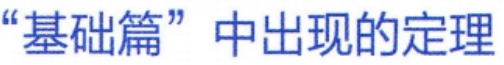
“基础篇”中出现的定理